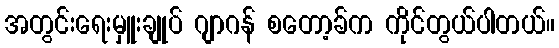
အတွင်းရေးမှူးချုပ် ဂျာဂန် စတော့ခ်က ကိုင်တွယ်ပါတယ်။